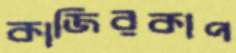
কাজিরকাপ